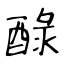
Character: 醁